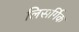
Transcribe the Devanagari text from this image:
लिसर्गिक